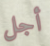
أجل